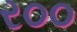
ર૦૦